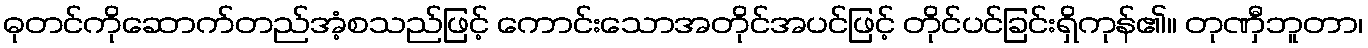
ဓုတင်ကိုဆောက်တည်အံ့စသည်ဖြင့် ကောင်းသောအတိုင်အပင်ဖြင့် တိုင်ပင်ခြင်းရှိကုန်၏။ တုဏှီဘူတာ၊